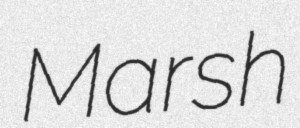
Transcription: Marsh